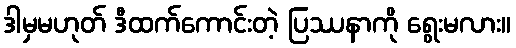
ဒါမှမဟုတ် ဒီထက်ကောင်းတဲ့ ပြဿနာကို ရွေးမလား။